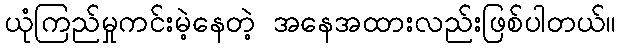
ယုံကြည်မှုကင်းမဲ့နေတဲ့ အနေအထားလည်းဖြစ်ပါတယ်။